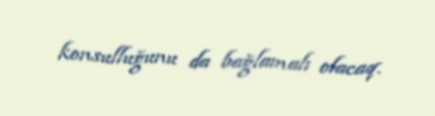
konsulluğunu da bağlamalı olacaq.